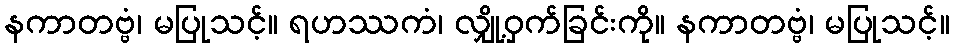
နကာတဗ္ဗံ၊ မပြုသင့်။ ရဟဿကံ၊ လျှို့ဝှက်ခြင်းကို။ နကာတဗ္ဗံ၊ မပြုသင့်။